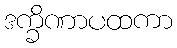
ဒက္ခိဏာပထကာ